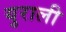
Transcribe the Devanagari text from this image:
युराली